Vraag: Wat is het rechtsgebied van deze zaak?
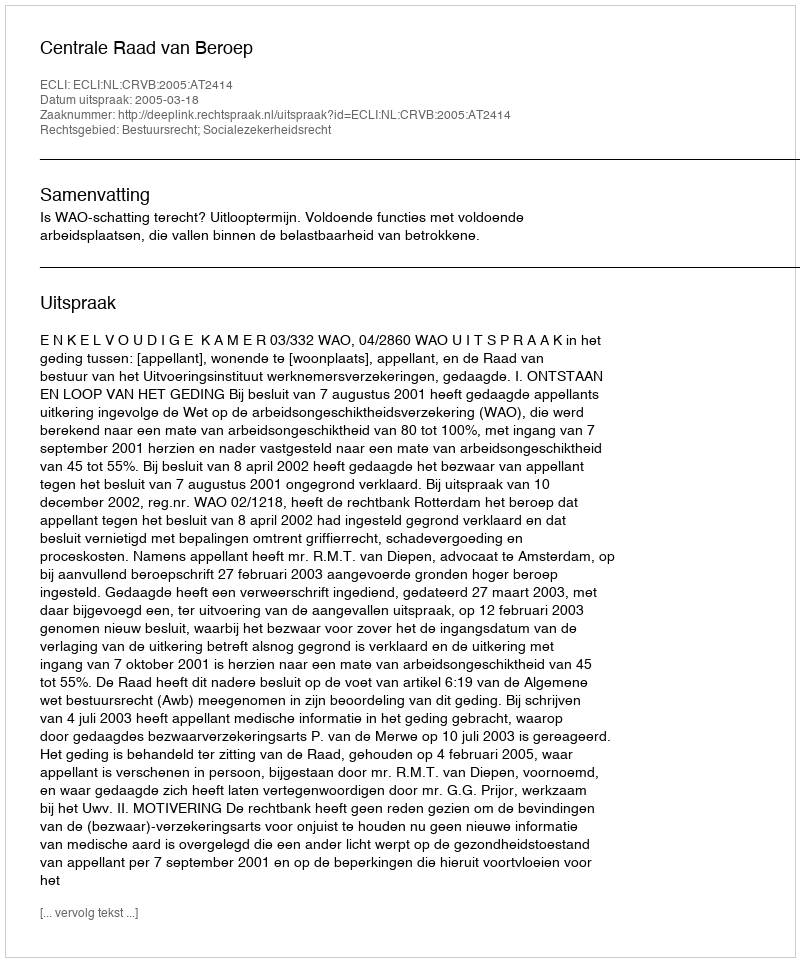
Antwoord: Bestuursrecht; Socialezekerheidsrecht